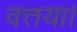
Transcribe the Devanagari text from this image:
वत्तया।